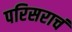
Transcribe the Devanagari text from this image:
परिसराचं